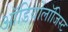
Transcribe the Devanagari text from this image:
ऑडियोलॉजिस्ट